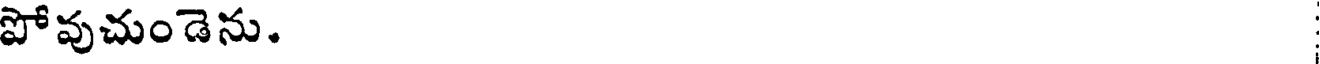
పోవుచుండెను.